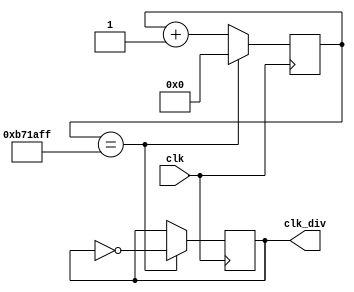
module clock(
	input clk,
	output reg clk_div
);

localparam constantNumber = 12000000;
reg [31:0] count;

always @ (posedge(clk)) begin
	if (count == constantNumber - 1) begin
		count <= 32'b0;
		clk_div <= ~clk_div;
	end
	else begin
		count <= count + 1;
		clk_div <= clk_div;
	end
end

endmodule